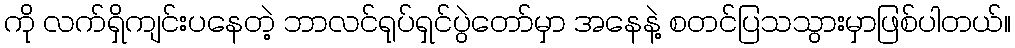
ကို လက်ရှိကျင်းပနေတဲ့ ဘာလင်ရုပ်ရှင်ပွဲတော်မှာ အနေနဲ့ စတင်ပြသသွားမှာဖြစ်ပါတယ်။